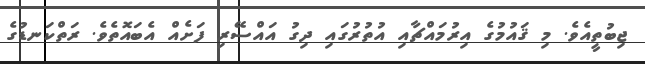
ޖިބުތީއެވެ. މި ޤައުމުގެ އިރުމައްޗާއި އުތުރުގައި ދިގު އައްސޭރި ފަށެއް އެެބައޮތެވެ. ރަތްކަނޑުގެ